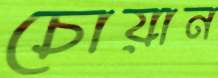
চোয়ান